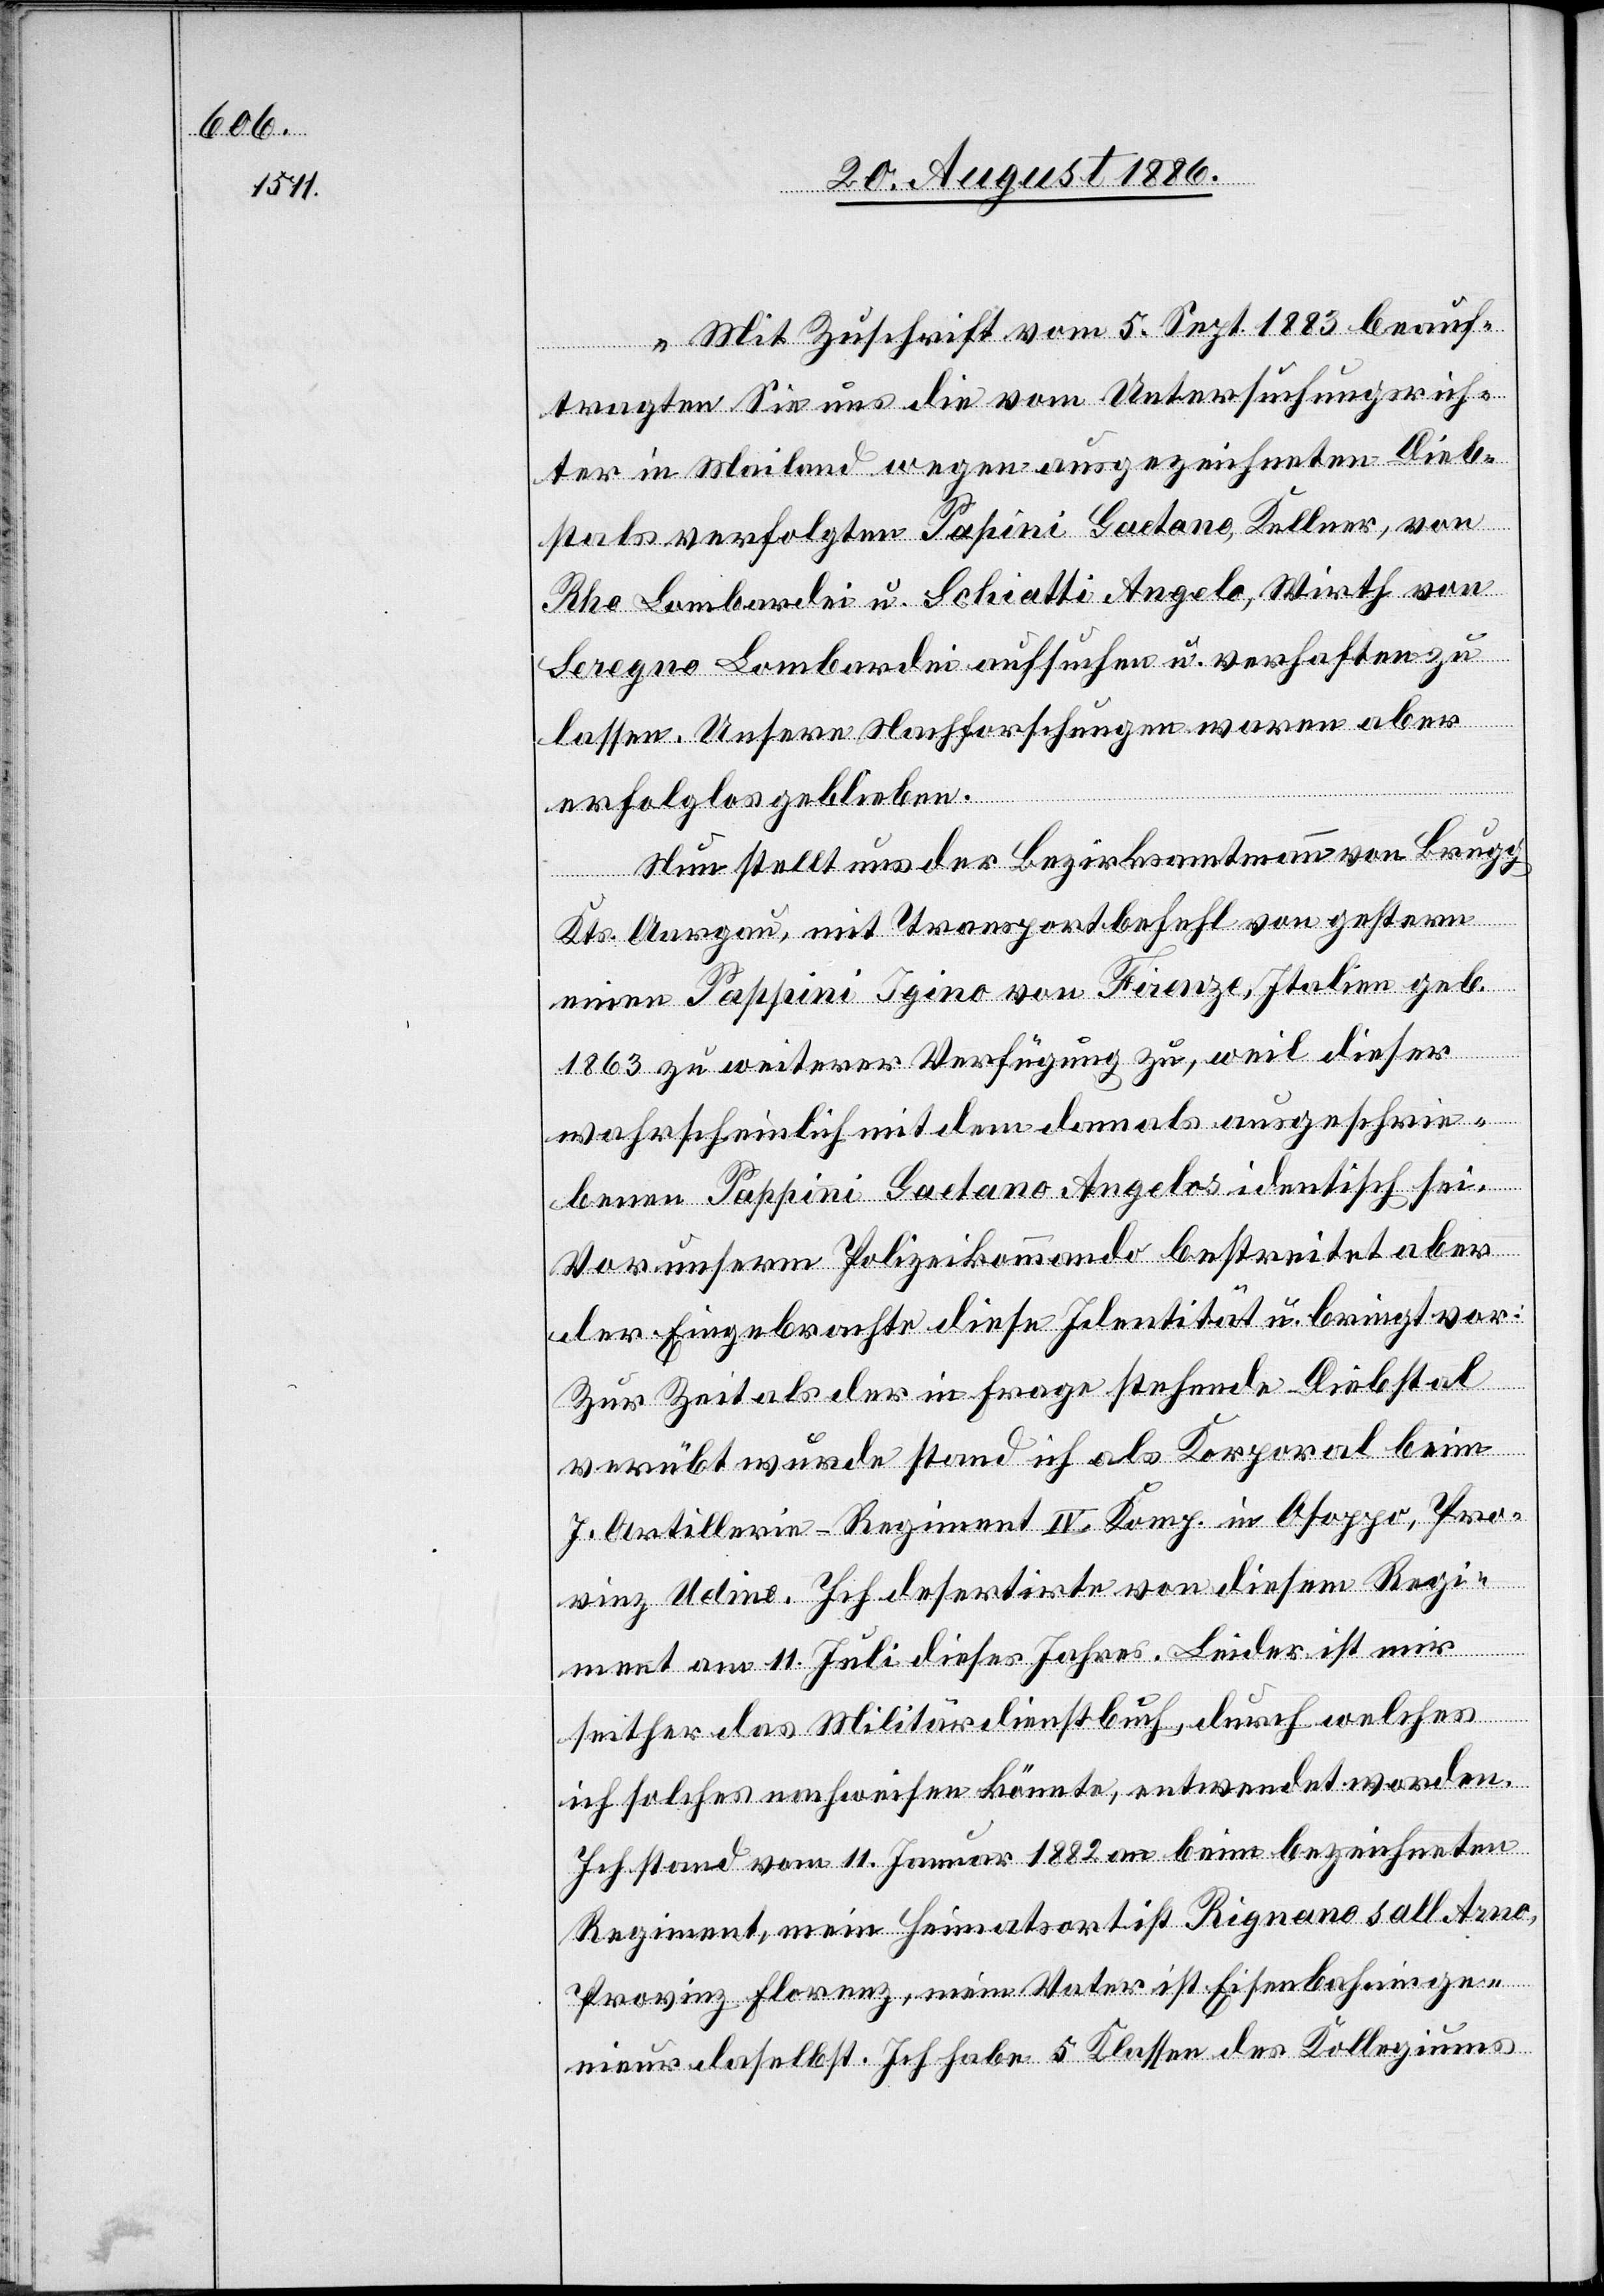
„Mit Zuschrift vom 5. Sept. 1883 beauf¬
tragten Sie uns die vom Untersuchungsrich¬
ter in Mailand wegen ausgezeichneten Dieb¬
stals verfolgten Papini [sic!] Gaetano, Kellner, von
Rho Lombardei u. Schiatti Angelo, Wirth von
Seregno, Lombardei aufsuchen u. verhaften zu
lassen. Unsere Nachforschungen waren aber
Arno,
erfolglos geblieben.
Nun stellt uns der Bezirksamtmann von Brugg
Kts. Aargau, mit Transportbefehl von gestern
einen Pappini Igino von Firenze, Italien geb.
1863 zu weiterer Verfügung zu, weil dieser
wahrscheinlich mit dem damals ausgeschrie¬
benen Pappini Gaetano Angelos identisch sei.
Vor unserm Polizeikommando bestreitet aber
der Eingebrachte diese Identität u. bringt vor:
Zur Zeit als der in Frage stehende Diebstal
verübt wurde stand ich als Korporal beim
7. Artillerie-Regiment IV. Komp. in Osoppo, Pro¬
vinz Udine. Ich desertirte von diesem Regi¬
ment am 11. Juli dieses Jahres. Leider ist mir
seither das Militärdienstbuch, durch welches
ich solches nachweisen könnte, entwendet worden.
Ich stand vom 11. Januar 1882 an beim bezeichneten
Regiment, mein Heimatsort ist Rignano sall
Provinz Florenz, mein Vater ist Eisenbahninge¬
nieur daselbst. Ich habe 5 Klassen des Kollegiums